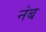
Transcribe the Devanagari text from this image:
नंब